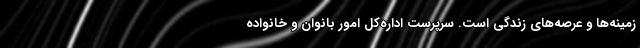
زمینه‌ها و عرصه‌های زندگی است. سرپرست اداره‌کل امور بانوان و خانواده